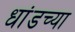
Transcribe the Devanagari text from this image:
धांडच्या